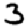
Digit: 3